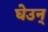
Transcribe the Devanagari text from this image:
घेउन्